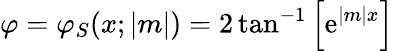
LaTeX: \varphi=\varphi_{S}(x;|m|)=2\tan^{-1}\left[\mathrm{e}^{|m|x}\right]